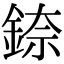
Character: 錼